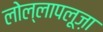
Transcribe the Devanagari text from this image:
लोल्लापलूज़ा